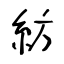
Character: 紡